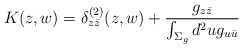
\begin{align*}K(z,w)=\delta_{z\bar z}^{(2)}(z,w)+{g_{z\bar z}\over\int_{\Sigma_g} d^2ug_{u\bar u}}\end{align*}